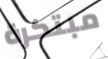
مبتكرة